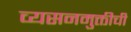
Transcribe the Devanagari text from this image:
व्यसनमुक्तीची